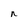
Character: n